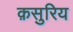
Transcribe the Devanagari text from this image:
क़सुरिय